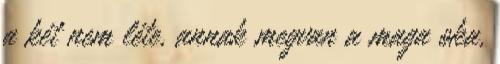
a két nem léte, annak megvan a maga oka,